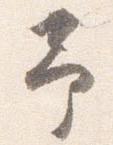
予